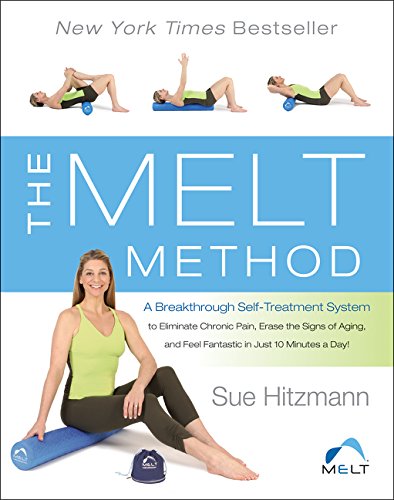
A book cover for The MELT Method: A Breakthrough Self-Treatment System to Eliminate Chronic Pain, Erase the Signs of Aging, and Feel Fantastic in Just 10 Minutes a Day!; Sue Hitzmann; Health, Fitness & Dieting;